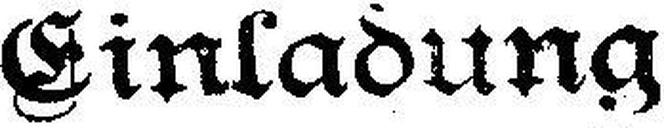
Einladung